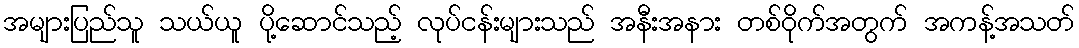
အများပြည်သူ သယ်ယူ ပို့ဆောင်သည့် လုပ်ငန်းများသည် အနီးအနား တစ်ဝိုက်အတွက် အကန့်အသတ်